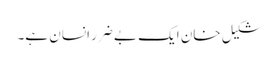
شکیل خان ایک بے ضرر انسان ہے۔